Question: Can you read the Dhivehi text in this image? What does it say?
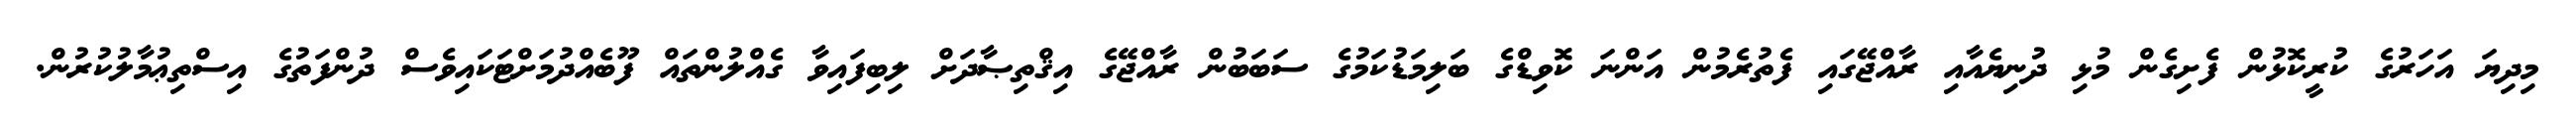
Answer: މިދިޔަ އަހަރުގެ ކުރީކޮޅުން ފެށިގެން މުޅި ދުނިޔެއާއި ރާއްޖޭގައި ފެތުރެމުން އަންނަ ކޮވިޑްގެ ބަލިމަޑުކަމުގެ ސަބަބުން ރާއްޖޭގެ އިޤްތިޞާދަށް ލިބިފައިވާ ގެއްލުންތައް ފޫބެއްދުމަށްޓަކައިވެސް ދުންފަތުގެ އިސްތިޢުމާލުކުރުން.